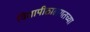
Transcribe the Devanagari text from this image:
विद्यापीठालगतच्या